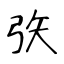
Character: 矤